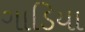
ગાડિયા